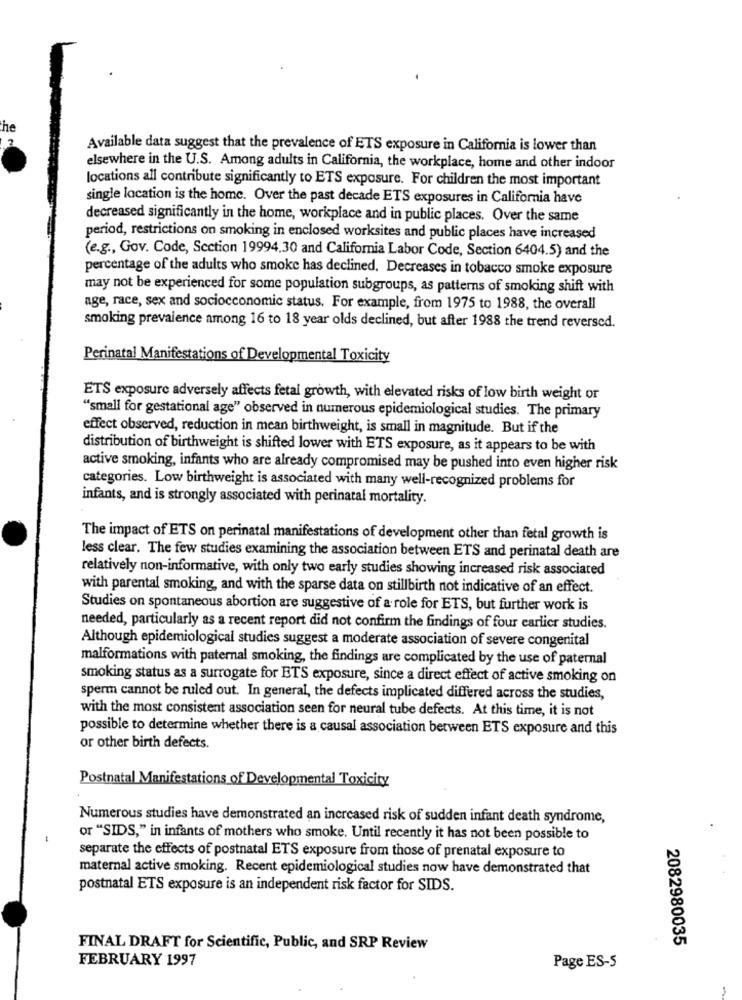
the
Available data suggest that the prevalence of ETS exposure in California is lower than
elsewhere in the U.S. Among adults in California, the workplace, home and other indoor
locations all contribute significantly to ETS exposure. For children the most important
single location is the home. Over the past decade ETS exposures in California have
decreased significantly in the home, workplace and in public places. Over the same
period, restrictions on smoking in enclosed worksites and public places have increased
(e.g ., Gov. Code, Section 19994.30 and California Labor Code, Section 6404.5) and the
percentage of the adults who smoke has declined. Decreases in tobacco smoke exposure
may not be experienced for some population subgroups, as patterns of smoking shift with
age, race, sex and sociocconomic status. For example, from 1975 to 1988, the overall
smoking prevalence among 16 to 18 year olds declined, but after 1988 the trend reversed.
Perinatal Manifestations of Developmental Toxicity
ETS exposure adversely affects fetal growth, with elevated risks of low birth weight or
"small for gestational age" observed in numerous epidemiological studies. The primary
effect observed, reduction in mean birthweight, is small in magnitude. But if the
distribution of birthweight is shifted lower with ETS exposure, as it appears to be with
active smoking, infants who are already compromised may be pushed into even higher risk
categories. Low birthweight is associated with many well-recognized problems for
infants, and is strongly associated with perinatal mortality.
The impact of ETS on perinatal manifestations of development other than fetal growth is
less clear. The few studies examining the association between ETS and perinatal death are
relatively non-informative, with only two early studies showing increased risk associated
with parental smoking, and with the sparse data on stillbirth not indicative of an effect.
Studies on spontaneous abortion are suggestive of a role for ETS, but further work is
needed, particularly as a recent report did not confirm the findings of four earlier studies.
Although epidemiological studies suggest a moderate association of severe congenital
malformations with paternal smoking, the findings are complicated by the use of paternal
smoking status as a surrogate for ETS exposure, since a direct effect of active smoking on
sperm cannot be ruled out. In general, the defects implicated differed across the studies,
with the most consistent association seen for neural tube defects. At this time, it is not
possible to determine whether there is a causal association between ETS exposure and this
or other birth defects.
Postnatal Manifestations of Developmental Toxicity
Numerous studies have demonstrated an increased risk of sudden infant death syndrome,
or "SIDS," in infants of mothers who smoke. Until recently it has not been possible to
separate the effects of postnatal ETS exposure from those of prenatal exposure to
maternal active smoking. Recent epidemiological studies now have demonstrated that
postnatal ETS exposure is an independent risk factor for SIDS.
2082980035
FINAL DRAFT for Scientific, Public, and SRP Review
FEBRUARY 1997
Page ES-S